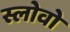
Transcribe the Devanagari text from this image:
स्लोवो